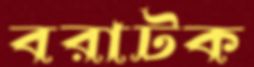
বরাটক